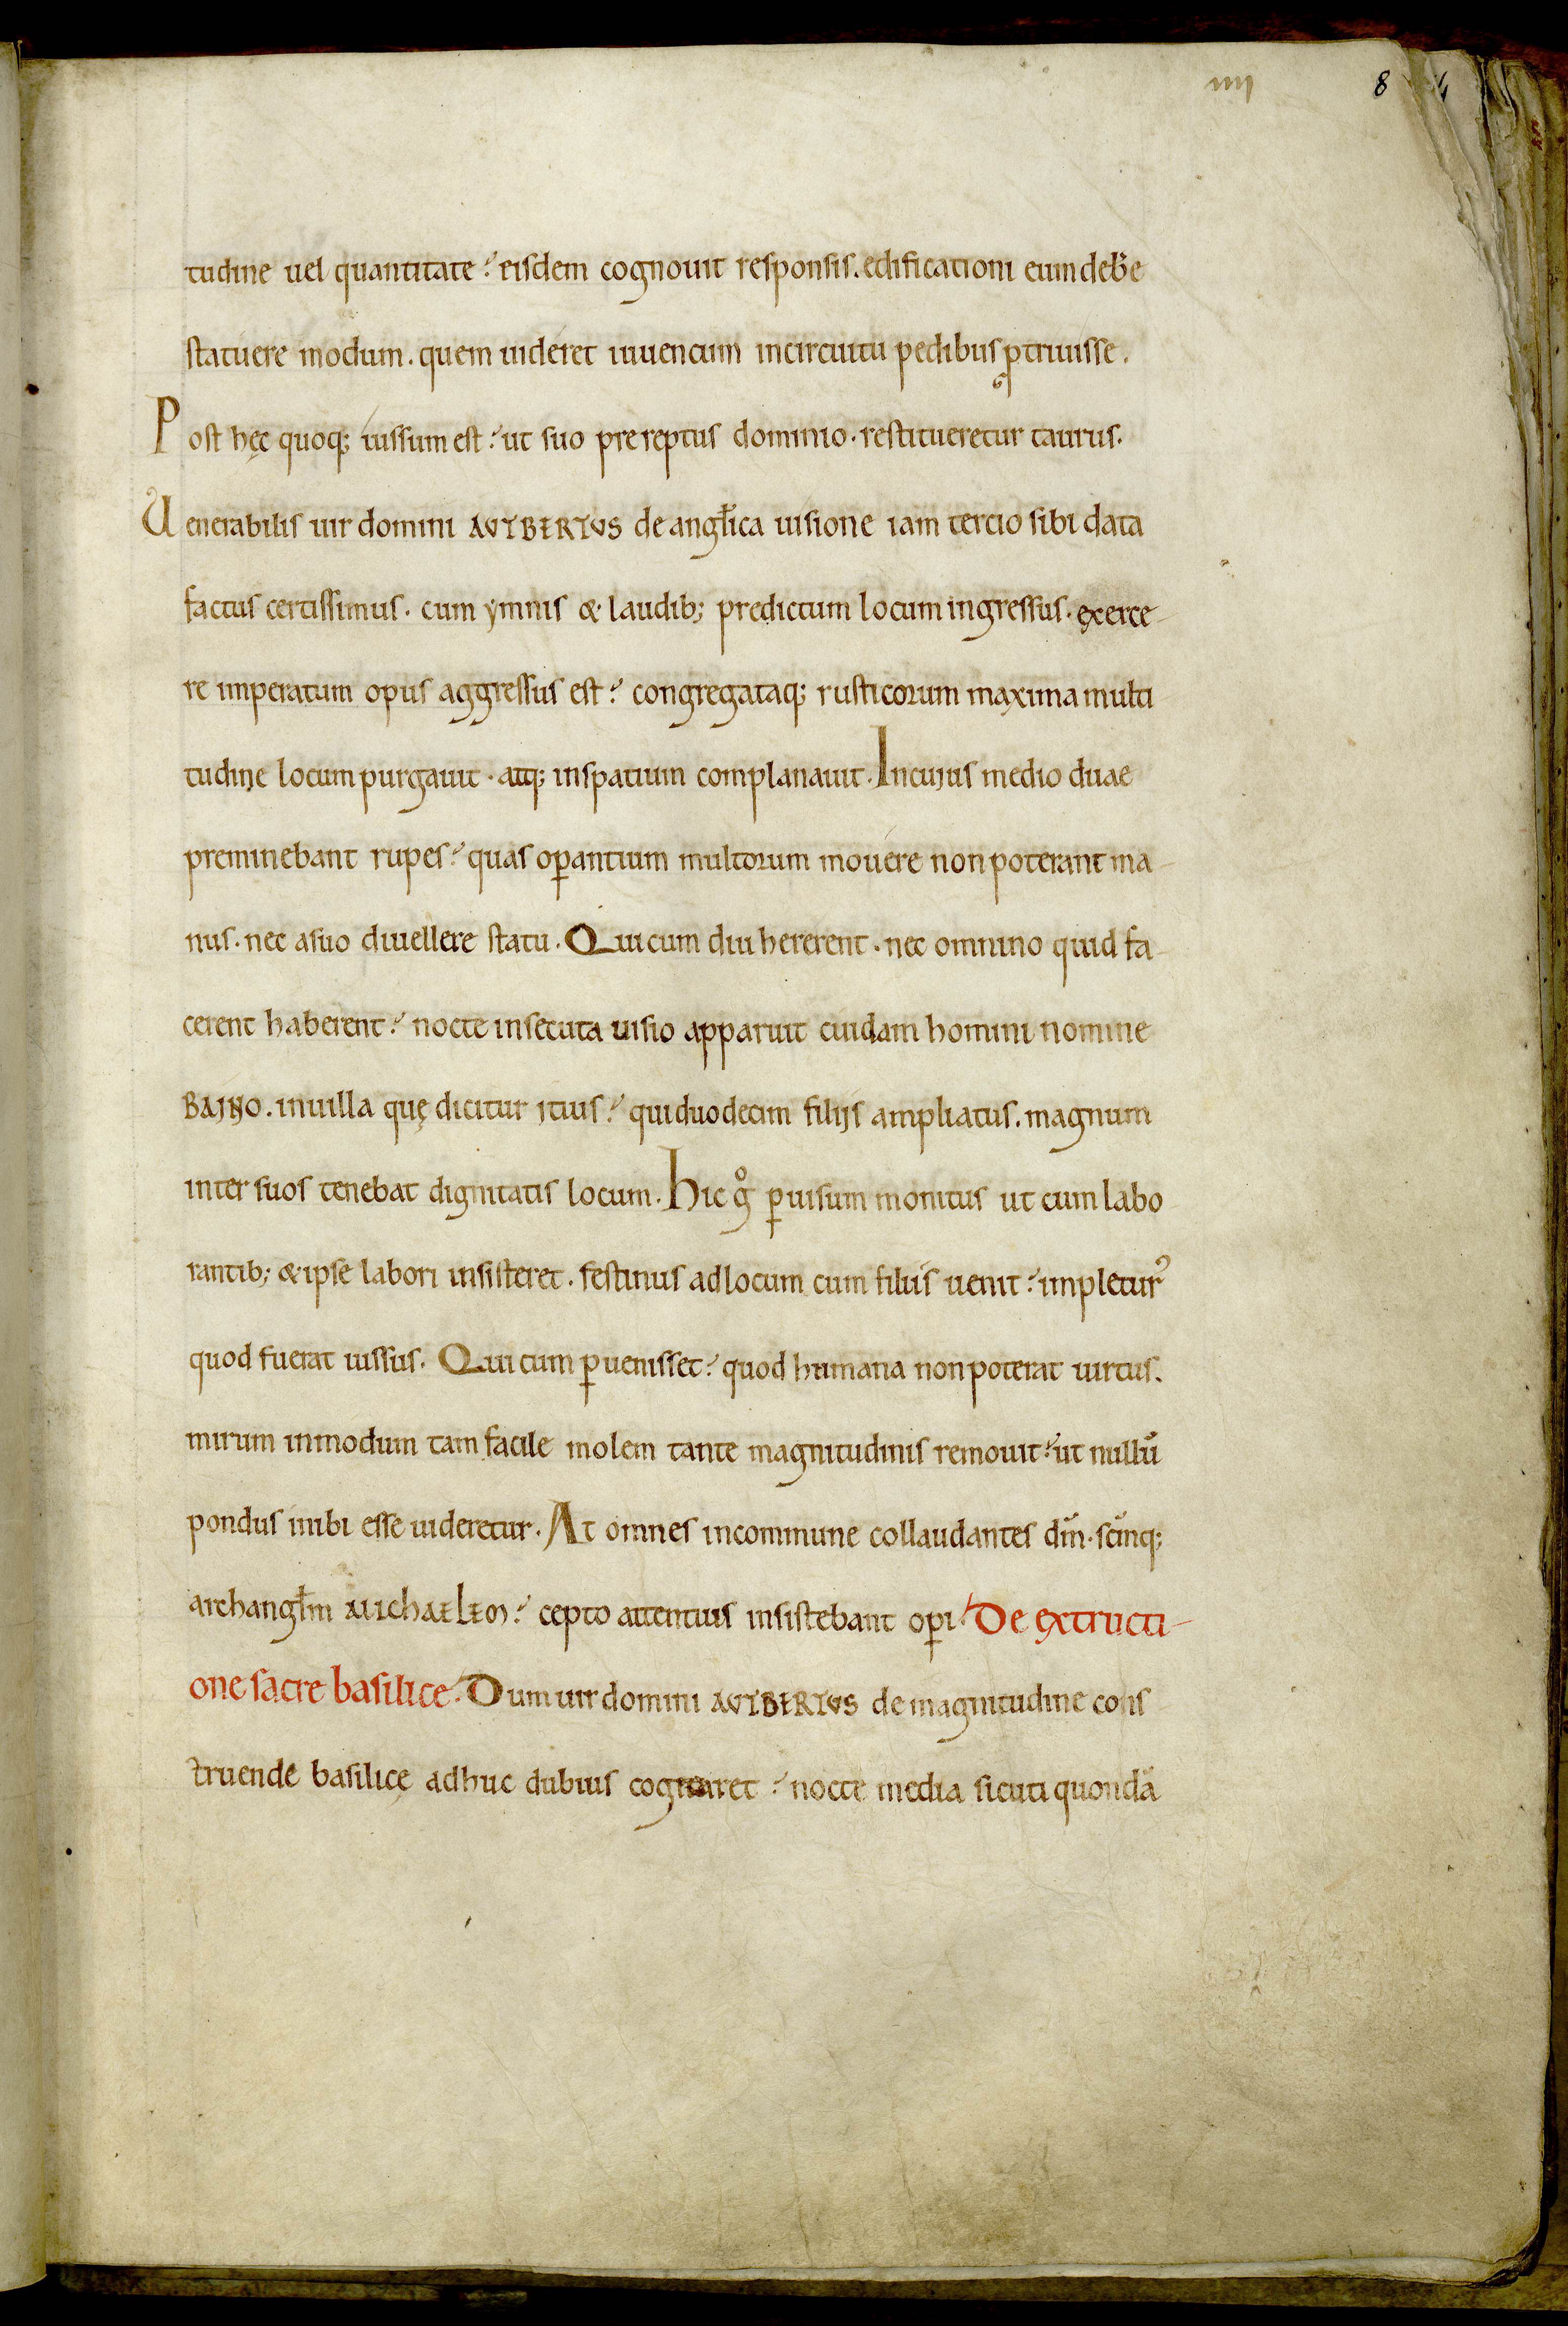
Shelfmark: Avranches, Bibliothèque municipale, 0210
Century: 12